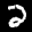
Label: 2